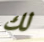
لك